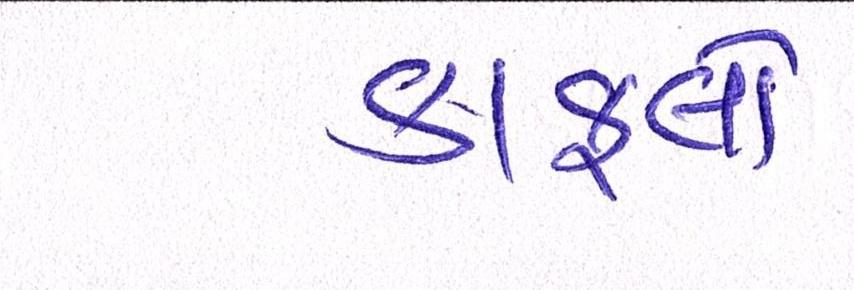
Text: કાફલો